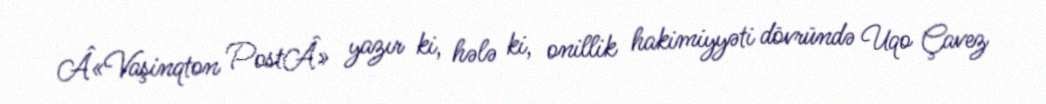
Â«Vaşinqton PostÂ» yazır ki, hələ ki, onillik hakimiyyəti dövründə Uqo Çavez